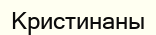
Кристинаны